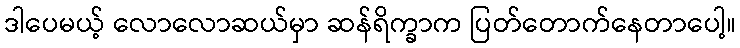
ဒါပေမယ့် လောလောဆယ်မှာ ဆန်ရိက္ခာက ပြတ်တောက်နေတာပေါ့။